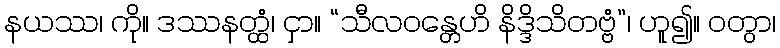
နယဿ၊ ကို။ ဒဿနတ္ထံ၊ ငှာ။ “သီလဝန္တေဟိ နိဒ္ဒိသိတဗ္ဗံ”၊ ဟူ၍။ ဝတွာ၊